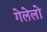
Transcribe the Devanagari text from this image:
गेलेलो